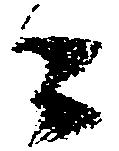
々